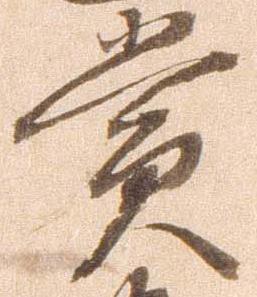
賞